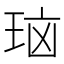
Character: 𰡻